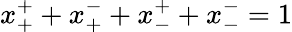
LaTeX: x_{+}^{+}+x_{+}^{-}+x_{-}^{+}+x_{-}^{-}=1